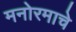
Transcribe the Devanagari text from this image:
मनोरमाचे